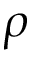
\rho